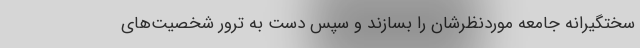
سختگیرانه‌ جامعه‌ موردنظرشان را بسازند و سپس دست به ترور شخصیت‌های